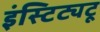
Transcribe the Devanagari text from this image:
इंस्टिट्यटू